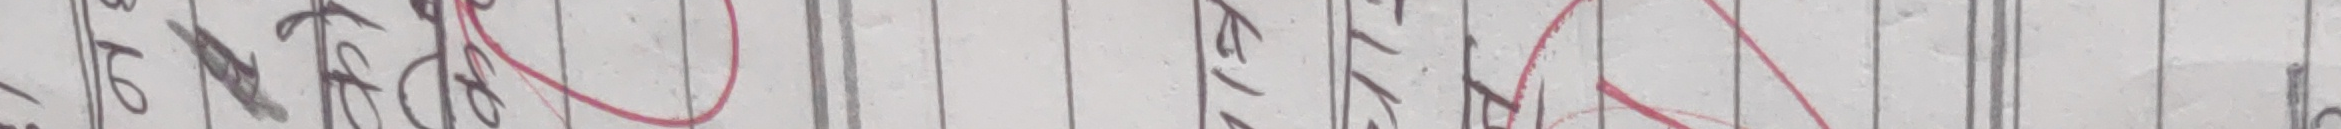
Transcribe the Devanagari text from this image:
जि. ७६/